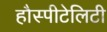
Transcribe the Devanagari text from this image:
हौस्पीटेलिटी